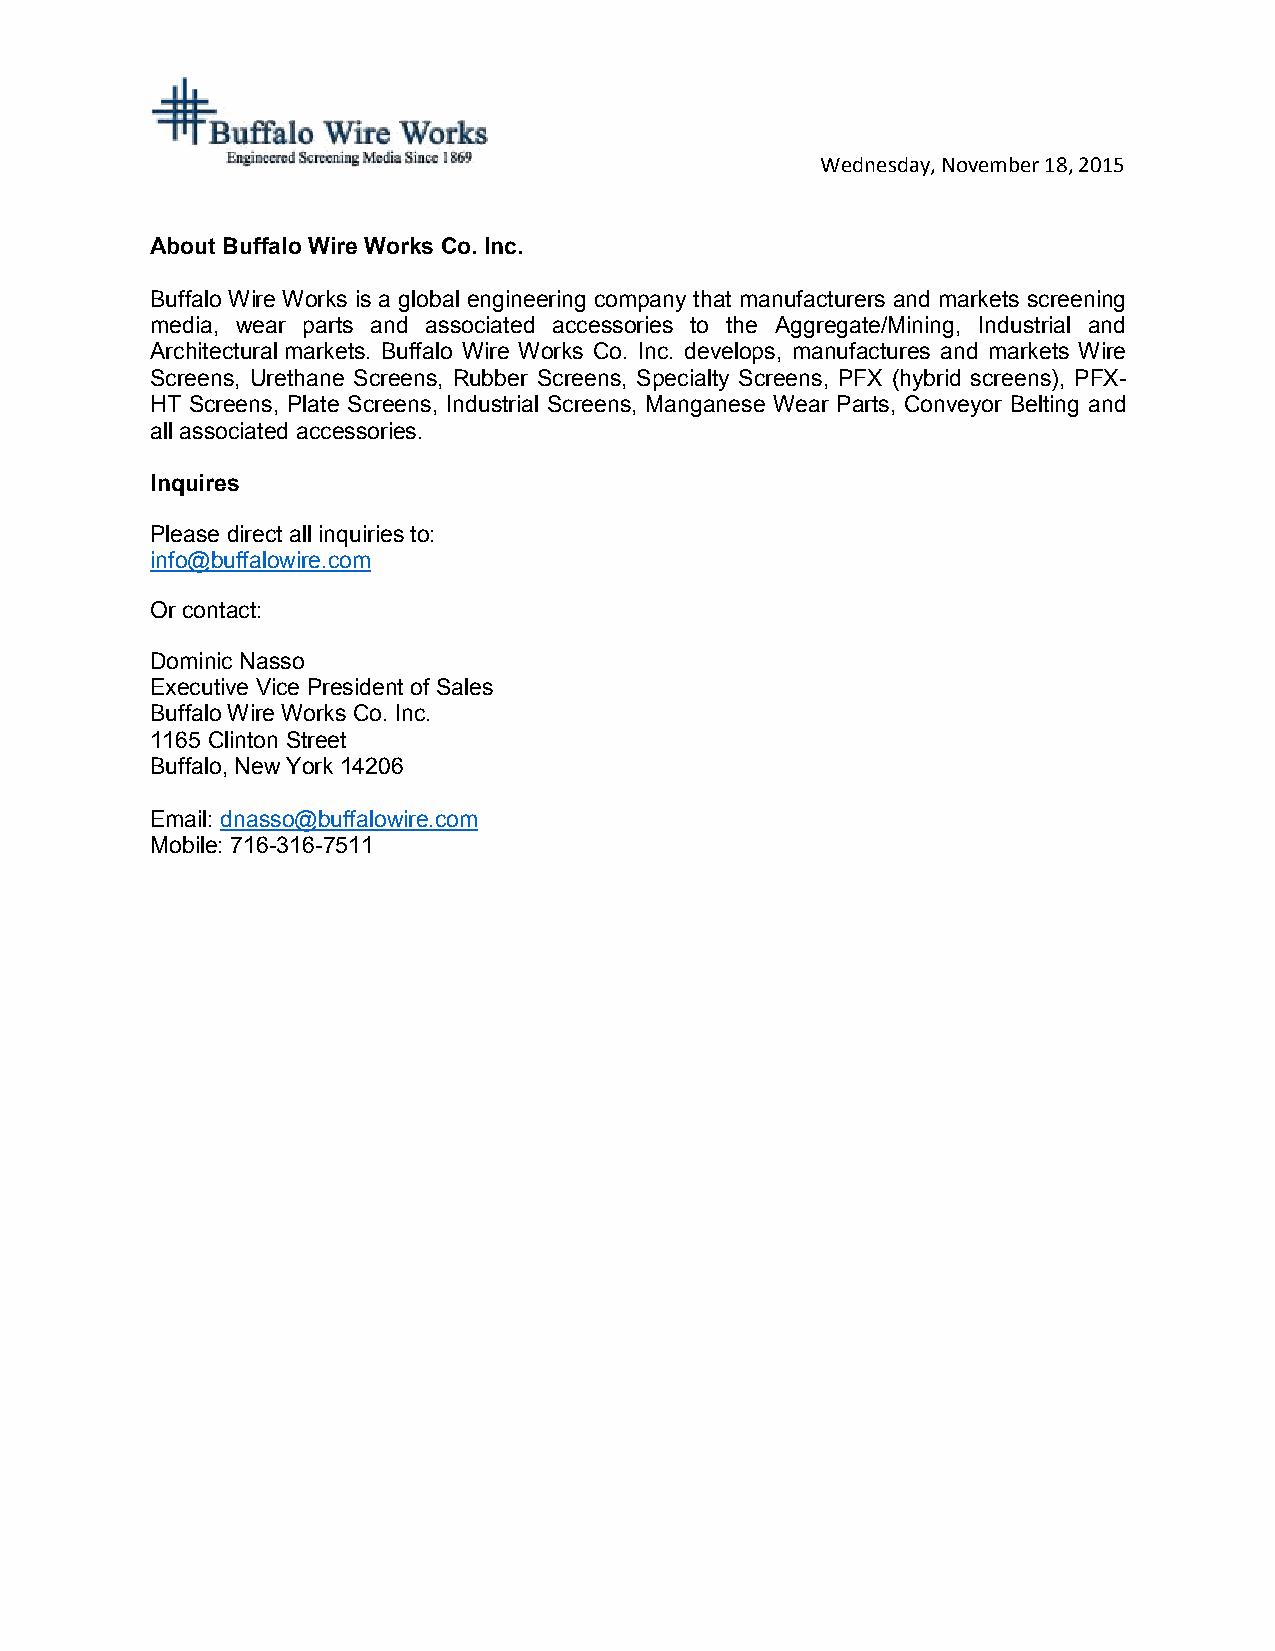
Wednesday, November 18, 2015
 About Buffalo Wire Works Co. Inc.
 Buffalo Wire Works is a global engineering company that manufacturers and markets screening
 media, wear parts and associated accessories to the Aggregate/Mining, Industrial and
 Architectural markets. Buffalo Wire Works Co. Inc. develops, manufactures and markets Wire
 Screens, Urethane Screens, Rubber Screens, Specialty Screens, PFX (hybrid screens), PFX-
 HT Screens, Plate Screens, Industrial Screens, Manganese Wear Parts, Conveyor Belting and
 all associated accessories.
 Inquires
 Please direct all inquiries to:
 info@buffalowire.com
 Or contact:
 Dominic Nasso
 Executive Vice President of Sales
 Buffalo Wire Works Co. Inc.
 1165 Clinton Street
 Buffalo, New York 14206
 Email: dnasso@buffalowire.com
 Mobile: 716-316-7511